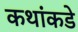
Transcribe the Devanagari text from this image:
कथांकडे